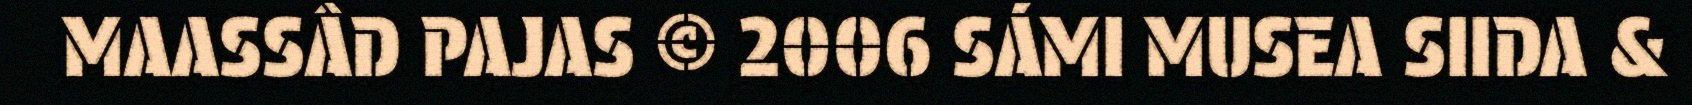
MAASSÂD PAJAS © 2006 SÁMI MUSEA SIIDA &